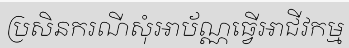
ប្រសិនករណីសុំអាប័ណ្ណធ្វើអាជីវកម្ម